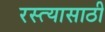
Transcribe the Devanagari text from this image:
रस्त्यासाठी